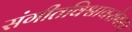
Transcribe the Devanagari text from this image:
संगीतविश्वावरोबरच